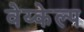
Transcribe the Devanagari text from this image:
वेय्केल्प